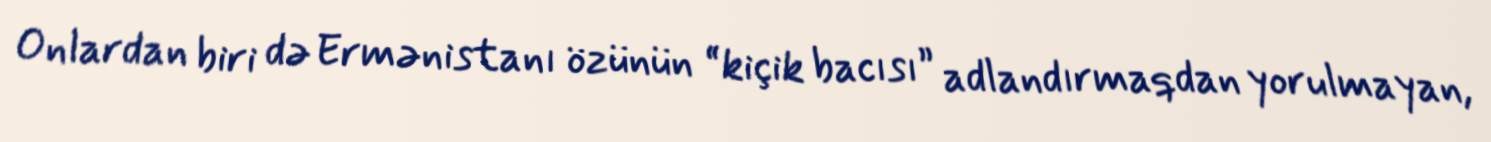
Onlardan biri də Ermənistanı özünün “kiçik bacısı” adlandırmaqdan yorulmayan,